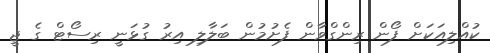
ކުއްލިއަކަށް ފޯން ރިންގްވާން ފެށުމުން ބަލާލި އިރު ގުޅަނީ ރިސޯޓް ގެ ޖީ